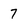
Character: 7